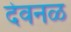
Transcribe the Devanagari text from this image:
देवनळ